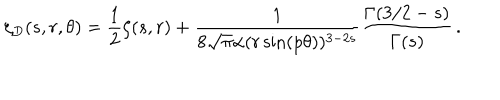
LaTeX: \zeta _ { D } ( s , r , \theta ) = \frac { 1 } { 2 } \zeta ( s , r ) + \frac { 1 } { 8 \sqrt \pi \alpha ( r \sin ( p \theta ) ) ^ { 3 - 2 s } } \frac { \Gamma ( 3 / 2 - s ) } { \Gamma ( s ) } \, { . }